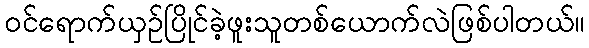
ဝင်ရောက်ယှဉ်ပြိုင်ခဲ့ဖူးသူတစ်ယောက်လဲဖြစ်ပါတယ်။